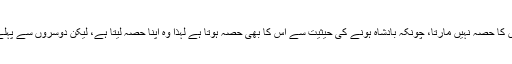
بادشاہ دوسروں کا حصہ نہیں مارتا، چونکہ بادشاہ ہونے کی حیثیت سے اس کا بھی حصہ ہوتا ہے لہذا وہ اپنا حصہ لیتا ہے، لیکن دوسروں سے پہلے لے لیتا ہے۔